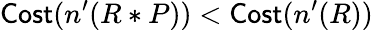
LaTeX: \textsf{Cost}(n^{\prime}(R*P))<\textsf{Cost}(n^{\prime}(R))